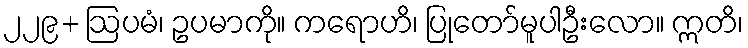
၂၂၉+ ဩပမံ၊ ဥပမာကို။ ကရောဟိ၊ ပြုတော်မူပါဦးလော။ ဣတိ၊